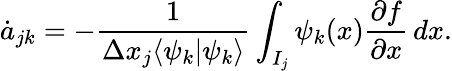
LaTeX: \dot{a}_{jk}=-\frac{1}{\Delta x_{j}\langle\psi_{k}|\psi_{k}\rangle}\int_{I_{j}}\psi_{k}(x)\frac{\partial f}{\partial x}\mathop{dx}.